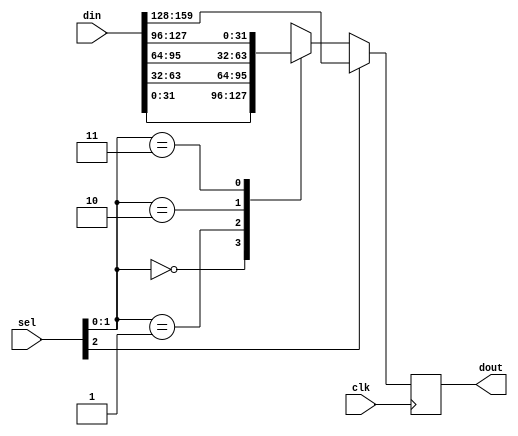
// (C) 2001-2016 Altera Corporation. All rights reserved.
// Your use of Altera Corporation's design tools, logic functions and other 
// software and tools, and its AMPP partner logic functions, and any output 
// files any of the foregoing (including device programming or simulation 
// files), and any associated documentation or information are expressly subject 
// to the terms and conditions of the Altera Program License Subscription 
// Agreement, Altera MegaCore Function License Agreement, or other applicable 
// license agreement, including, without limitation, that your use is for the 
// sole purpose of programming logic devices manufactured by Altera and sold by 
// Altera or its authorized distributors.  Please refer to the applicable 
// agreement for further details.


// $Id: $
// $Revision: $
// $Date: $
// $Author: $
//-----------------------------------------------------------------------------

`timescale 1 ps / 1 ps
// Copyright 2012 Altera Corporation. All rights reserved.  
// Altera products are protected under numerous U.S. and foreign patents, 
// maskwork rights, copyrights and other intellectual property laws.  
//
// This reference design file, and your use thereof, is subject to and governed
// by the terms and conditions of the applicable Altera Reference Design 
// License Agreement (either as signed by you or found at www.altera.com).  By
// using this reference design file, you indicate your acceptance of such terms
// and conditions between you and Altera Corporation.  In the event that you do
// not agree with such terms and conditions, you may not use the reference 
// design file and please promptly destroy any copies you have made.
//
// This reference design file is being provided on an "as-is" basis and as an 
// accommodation and therefore all warranties, representations or guarantees of 
// any kind (whether express, implied or statutory) including, without 
// limitation, warranties of merchantability, non-infringement, or fitness for
// a particular purpose, are specifically disclaimed.  By making this reference
// design file available, Altera expressly does not recommend, suggest or 
// require that this reference design file be used in combination with any 
// other product not provided by Altera.
/////////////////////////////////////////////////////////////////////////////

// baeckler - 08-20-2012
// registered 5:1 MUX

module mx5r #(
	parameter WIDTH = 32
)(
	input clk,
	input [5*WIDTH-1:0] din,
	input [2:0] sel,
	output [WIDTH-1:0] dout
);

reg [WIDTH-1:0] dout_r = {WIDTH{1'b0}} /* synthesis preserve */;
reg [WIDTH-1:0] dout_w /* synthesis keep */;

assign dout = dout_r;

always @(*) begin
	case (sel[1:0]) 
		2'b00 : dout_w = din[WIDTH-1:0];
		2'b01 : dout_w = din[(WIDTH*2)-1:WIDTH];
		2'b10 : dout_w = din[(WIDTH*3)-1:(WIDTH*2)];
		2'b11 : dout_w = din[(WIDTH*4)-1:(WIDTH*3)];		
	endcase
end

always @(posedge clk) begin
	if (sel[2]) dout_r <= din[(WIDTH*5)-1:(WIDTH*4)];
	else dout_r <= dout_w;
end

endmodule

// BENCHMARK INFO :  5SGXEA7N2F45C2
// BENCHMARK INFO :  Max depth :  1.0 LUTs
// BENCHMARK INFO :  Total registers : 32
// BENCHMARK INFO :  Total pins : 196
// BENCHMARK INFO :  Total virtual pins : 0
// BENCHMARK INFO :  Total block memory bits : 0
// BENCHMARK INFO :  Comb ALUTs :                         ; 33              ;       ;
// BENCHMARK INFO :  ALMs : 45 / 234,720 ( < 1 % )
// BENCHMARK INFO :  Worst setup path @ 468.75MHz : 2.063 ns, From clk~inputCLKENA0FMAX_CAP_FF0, To clk~inputCLKENA0FMAX_CAP_FF1}
// BENCHMARK INFO :  Worst setup path @ 468.75MHz : 2.063 ns, From clk~inputCLKENA0FMAX_CAP_FF0, To clk~inputCLKENA0FMAX_CAP_FF1}
// BENCHMARK INFO :  Worst setup path @ 468.75MHz : 2.063 ns, From clk~inputCLKENA0FMAX_CAP_FF0, To clk~inputCLKENA0FMAX_CAP_FF1}